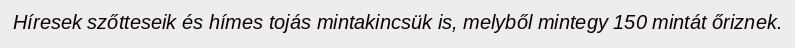
Híresek szőtteseik és hímes tojás mintakincsük is, melyből mintegy 150 mintát őriznek.